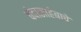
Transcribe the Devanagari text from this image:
चंदासाहेबाचे